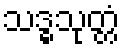
သဒ္ဓသုတ္တံ